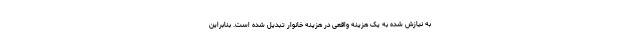
به نیازش شده به یک هزینه واقعی در هزینه خانوار تبدیل شده است. بنابراین